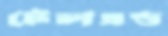
টেলএন্ড